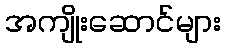
အကျိုးဆောင်များ